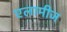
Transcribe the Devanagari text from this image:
एलामीज